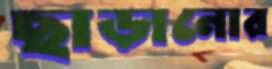
ছাড়ানোর